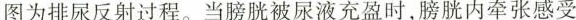
图为排尿反射过程。当膀胱被尿液充盈时，膀胱内牵张感受